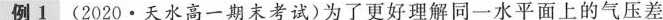
例1 (2020·天水高一期末考试)为了更好理解同一水平面上的气压差